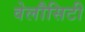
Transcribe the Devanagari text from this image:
वेलौसिटी